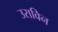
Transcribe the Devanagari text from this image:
उराविन